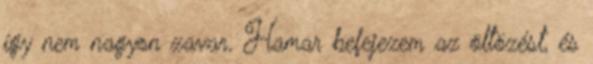
így nem nagyon zavar. Hamar befejezem az öltözést, és